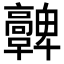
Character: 𩫪